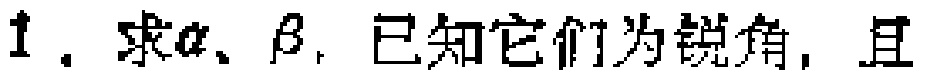
1. 求\(\alpha\)、\(\beta\)，已知它们为锐角，且